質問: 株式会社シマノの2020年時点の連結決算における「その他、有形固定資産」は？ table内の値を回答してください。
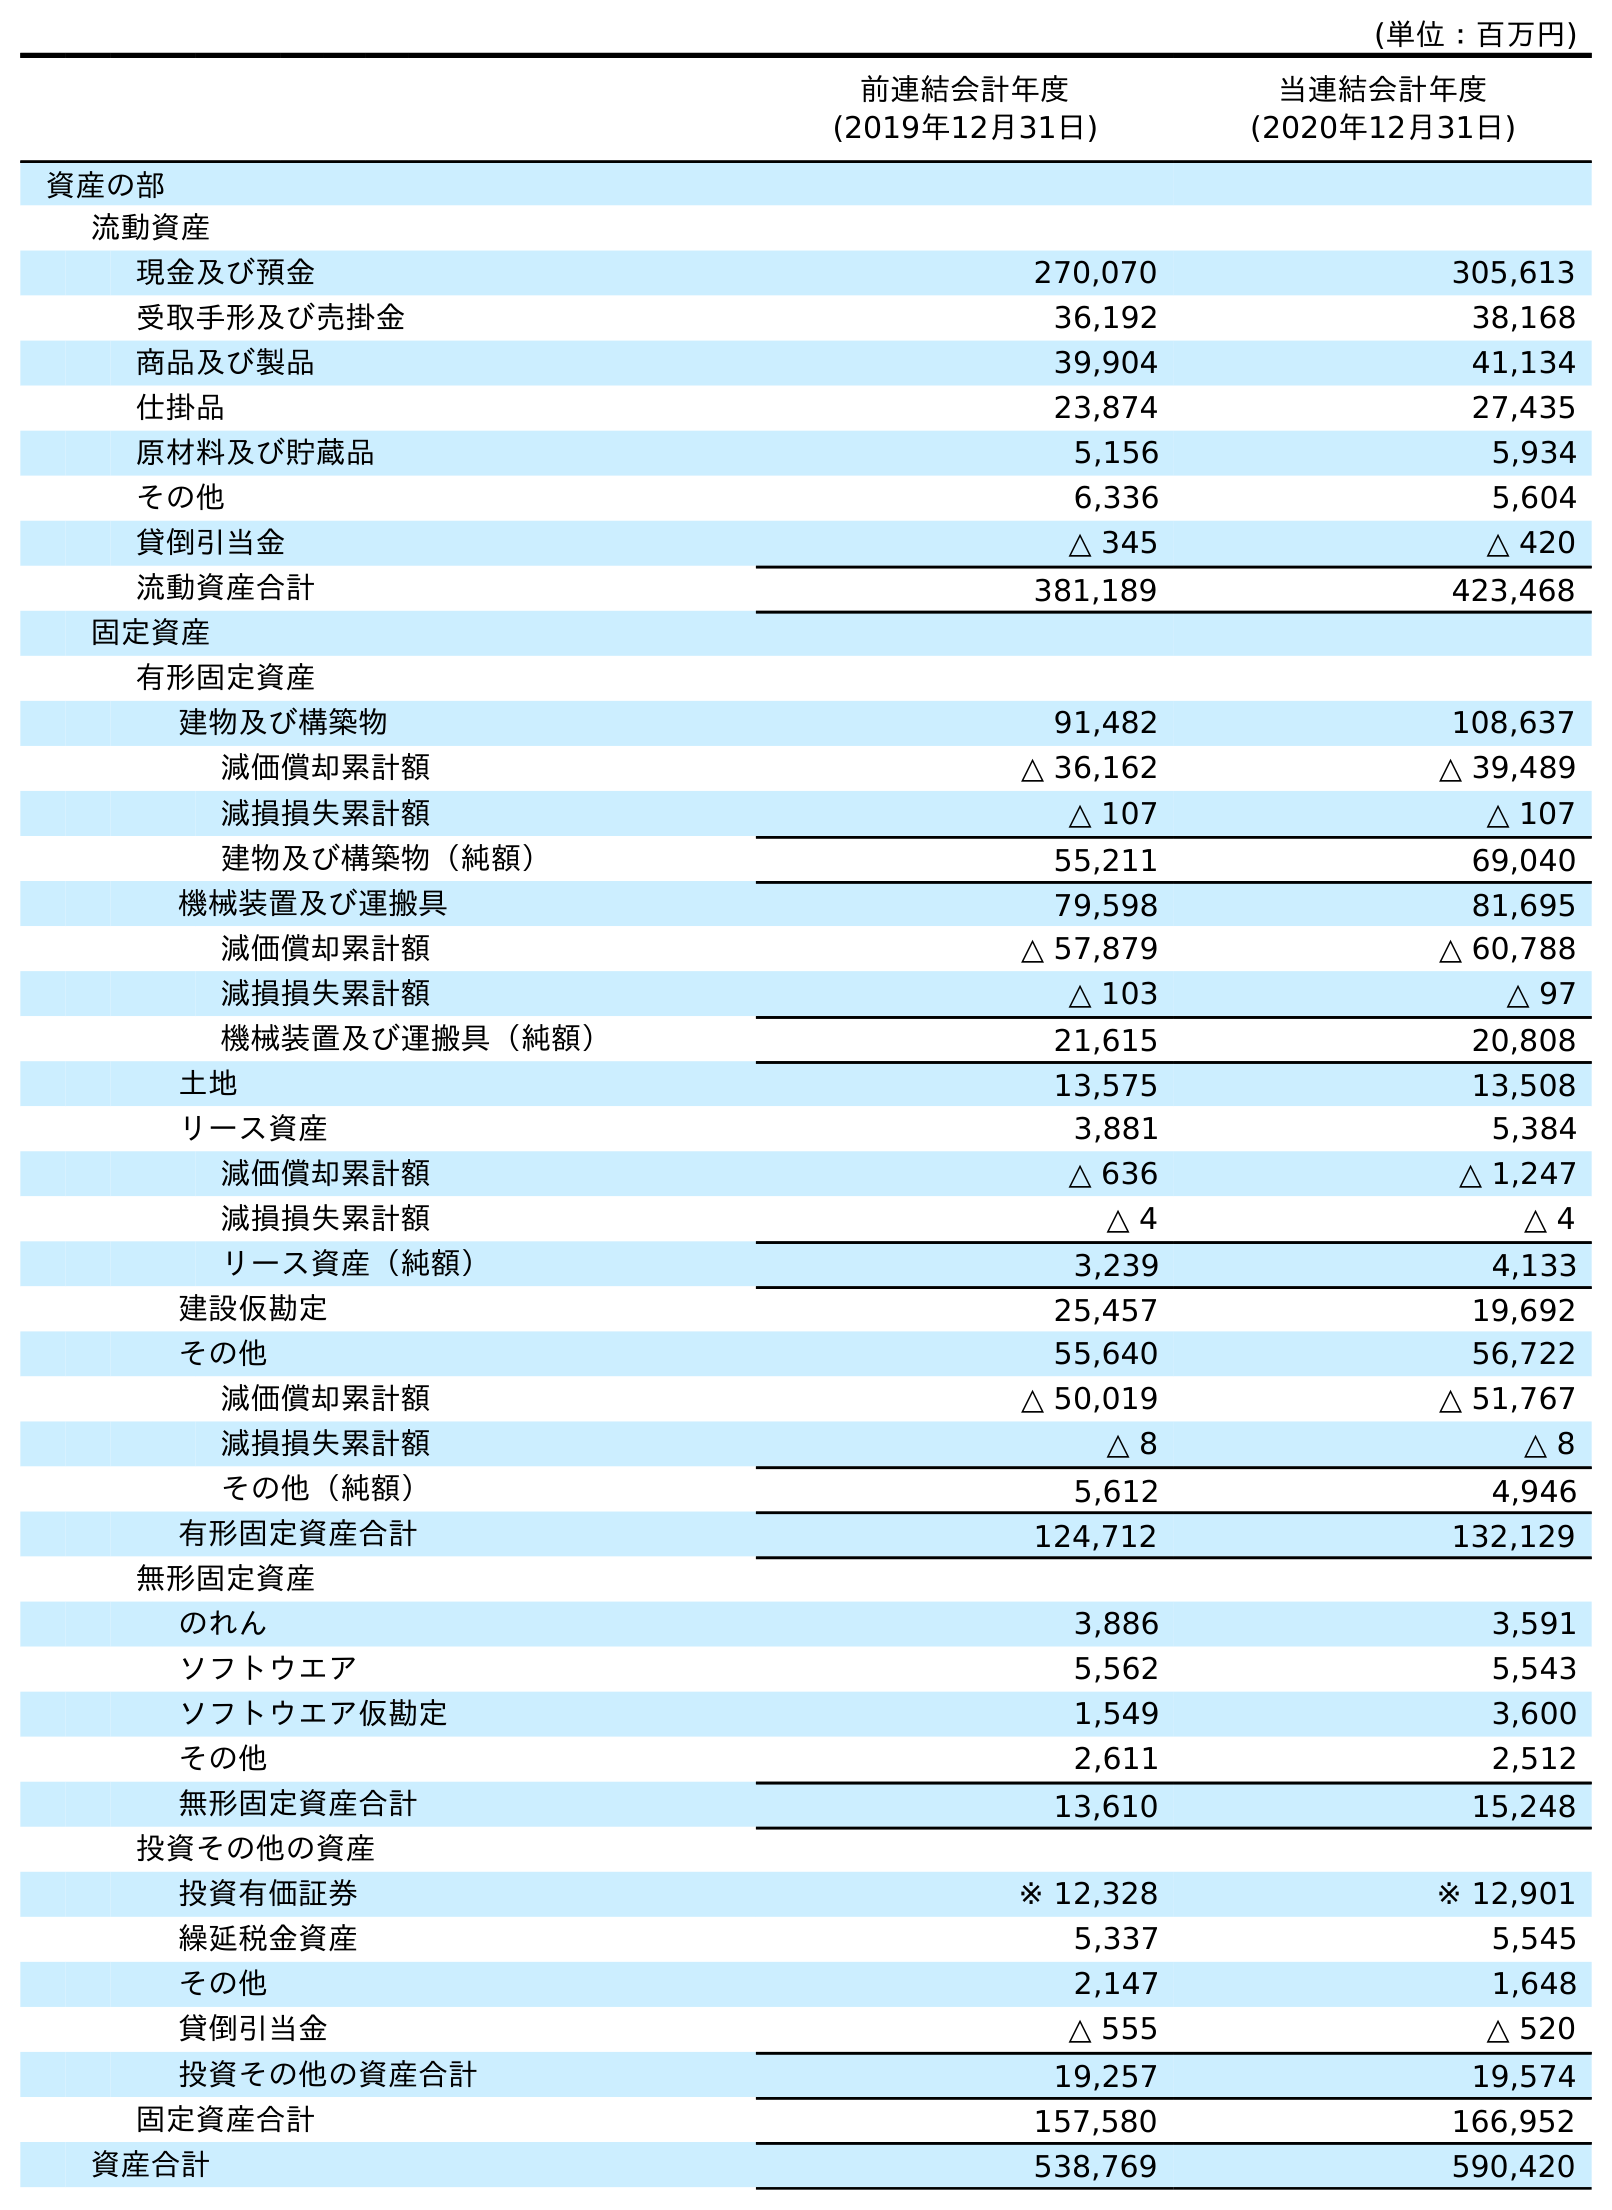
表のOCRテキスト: (単位：百万円) 前連結会計年度 (2019年12月31日) 当連結会計年度 (2020年12月31日) 資産の部 流動資産 現金及び預金 270,070 305,613 受取手形及び売掛金 36,192 38,168 商品及び製品 39,904 41,134 仕掛品 23,874 27,435 原材料及び貯蔵品 5,156 5,934 その他 6,336 5,604 貸倒引当金 △ 345 △ 420 流動資産合計 381,189 423,468 固定資産 有形固定資産 建物及び構築物 91,482 108,637 減価償却累計額 △ 36,162 △ 39,489 減損損失累計額 △ 107 △ 107 建物及び構築物（純額） 55,211 69,040 機械装置及び運搬具 79,598 81,695 減価償却累計額 △ 57,879 △ 60,788 減損損失累計額 △ 103 △ 97 機械装置及び運搬具（純額） 21,615 20,808 土地 13,575 13,508 リース資産 3,881 5,384 減価償却累計額 △ 636 △ 1,247 減損損失累計額 △ 4 △ 4 リース資産（純額） 3,239 4,133 建設仮勘定 25,457 19,692 その他 55,640 56,722 減価償却累計額 △ 50,019 △ 51,767 減損損失累計額 △ 8 △ 8 その他（純額） 5,612 4,946 有形固定資産合計 124,712 132,129 無形固定資産 のれん 3,886 3,591 ソフトウエア 5,562 5,543 ソフトウエア仮勘定 1,549 3,600 その他 2,611 2,512 無形固定資産合計 13,610 15,248 投資その他の資産 投資有価証券 ※ 12,328 ※ 12,901 繰延税金資産 5,337 5,545 その他 2,147 1,648 貸倒引当金 △ 555 △ 520 投資その他の資産合計 19,257 19,574 固定資産合計 157,580 166,952 資産合計 538,769 590,420
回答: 56,722